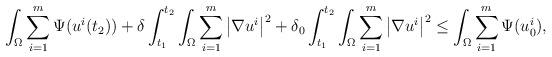
LaTeX: \begin{align*}\int_{\Omega}\sum_{i=1}^m \Psi(u^i(t_2))+\delta\int_{t_1}^{t_2}\int_{\Omega}\sum_{i=1}^m\left|\nabla u^i\right|^2 +\delta_0\int_{t_1}^{t_2}\int_{\Omega}\sum_{i=1}^m\left|\nabla u ^i\right|^2\leq\int_{\Omega}\sum_{i=1}^m\Psi(u^i_0),\end{align*}